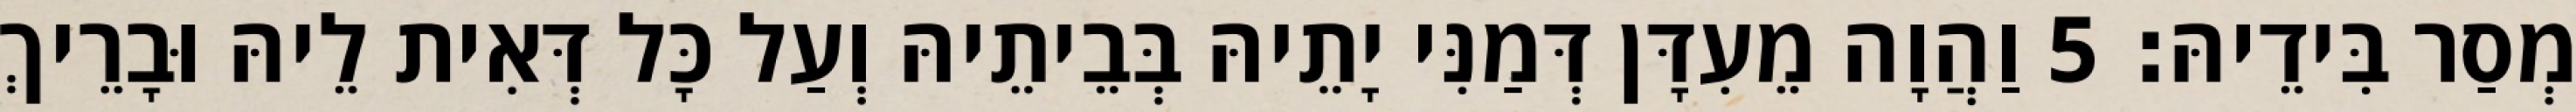
מְסַר בִּידֵיהּ׃ 5 וַהֲוָה מֵעִדָּן דְּמַנִּי יָתֵיהּ בְּבֵיתֵיהּ וְעַל כָּל דְּאִית לֵיהּ וּבָרֵיךְ